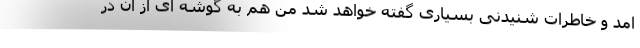
امد و خاطرات شنیدنی بسیاری گفته خواهد شد من هم به گوشه ای از ان در